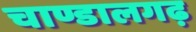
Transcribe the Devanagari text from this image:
चाण्डालगढ़